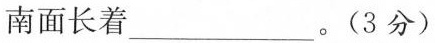
南面长着 ___。(3分)